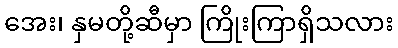
အေး၊ နှမတို့ဆီမှာ ကြိုးကြာရှိသလား